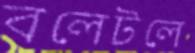
বলেটলে